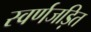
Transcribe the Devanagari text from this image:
स्वर्णजड़ित